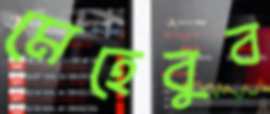
মেহেবুব